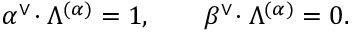
\alpha ^ { \vee } \! \cdot \Lambda ^ { ( \alpha ) } = 1 , \qquad \beta ^ { \vee } \! \cdot \Lambda ^ { ( \alpha ) } = 0 .